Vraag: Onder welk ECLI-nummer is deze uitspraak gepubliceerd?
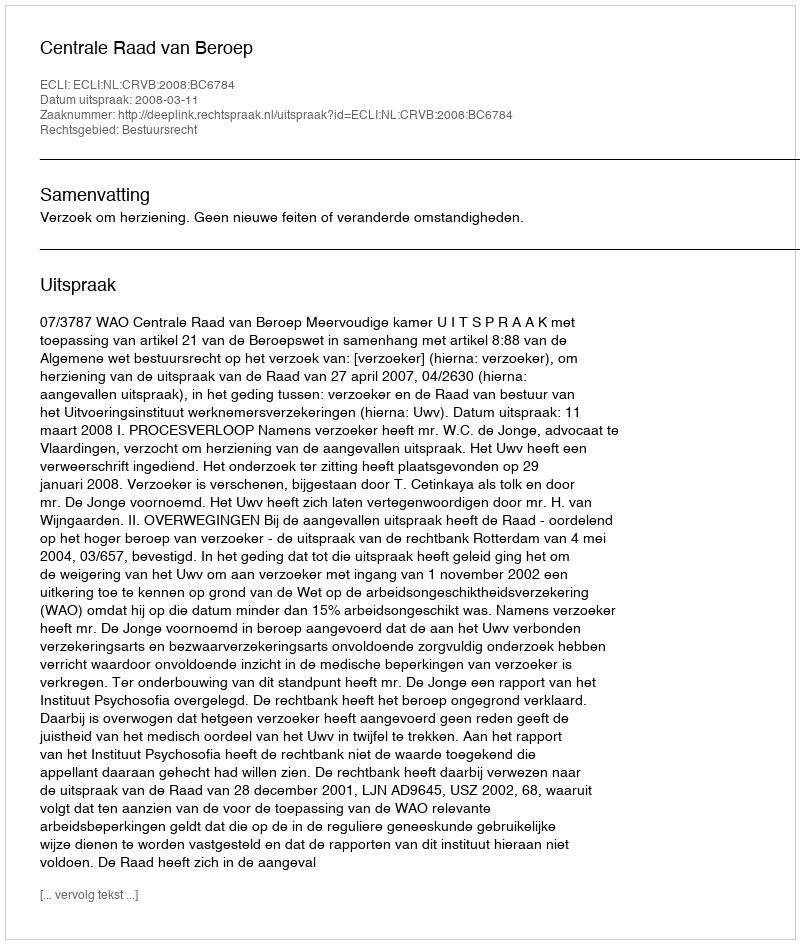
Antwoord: ECLI:NL:CRVB:2008:BC6784